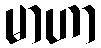
မာဟာ